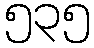
၅၃၅